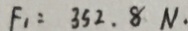
F _ { 1 } : 3 5 2 . 8 N .